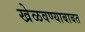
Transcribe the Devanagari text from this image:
खेळवण्याबाबत